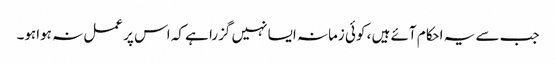
جب سے یہ احکام آئے ہیں ، کوئی زمانہ ایسا نہیں گزرا ہے کہ اس پر عمل نہ ہواہو۔